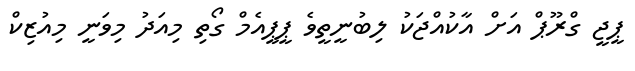
ޕީޖީ ގްރޫޕް އަށް އާކުއްޖަކު ލިބުނީތީވެ ޕީޕީއެމް ގޯތި މިއަދު މިވަނީ މިއުޒިކް